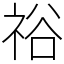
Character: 𥙿